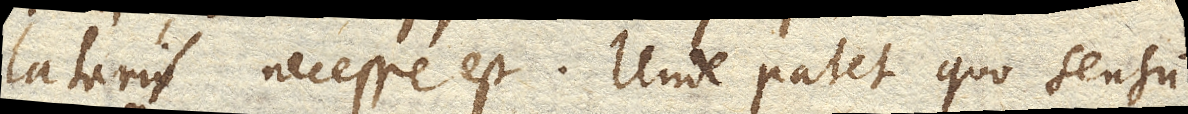
latari necesse est. Unde patet quo sensu